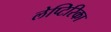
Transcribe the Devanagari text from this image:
लेप्टिरिका